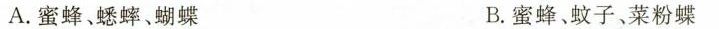
A.蜜蜂、蟋蟀、蝴蝶 B蜜蜂、蚊子、菜粉蝶